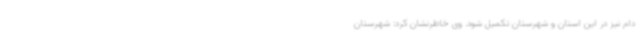
دام نیز در این استان و شهرستان تکمیل شود. وی خاطرنشان کرد: شهرستان